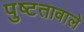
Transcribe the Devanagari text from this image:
पुष्टतावाले